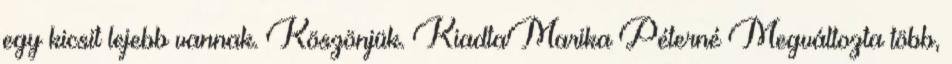
egy kicsit lejebb vannak. Köszönjük. KiadtaMarika Péterné Megváltozta több,